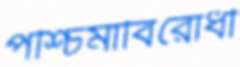
পশ্চিমাবিরোধী